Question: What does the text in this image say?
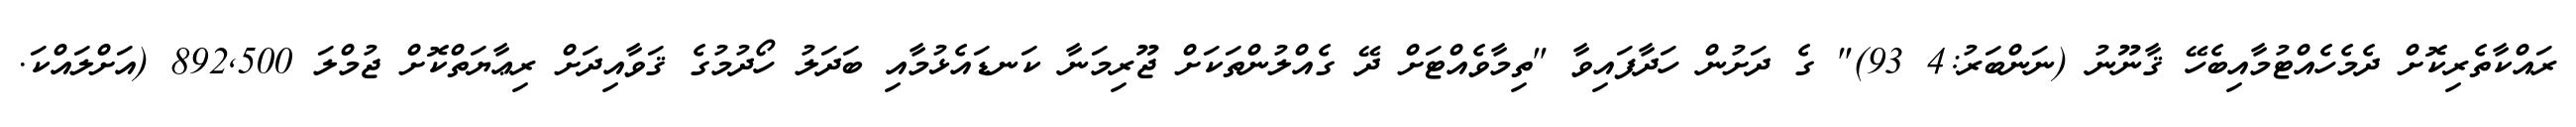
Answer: ރައްކާތެރިކޮށް ދެމެހެއްޓުމާއިބެހޭ ޤާނޫނު (ނަންބަރު:4 93)" ގެ ދަށުން ހަދާފައިވާ "ތިމާވެއްޓަށް ދޭ ގެއްލުންތަކަށް ޖޫރިމަނާ ކަނޑައެޅުމާއި ބަދަލު ހޯދުމުގެ ޤަވާއިދަށް ރިޢާޔަތްކޮށް ޖުމްލަ 892,500 (އަށްލައްކަ.